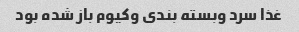
غذا سرد وبسته بندی وکیوم باز شده بود